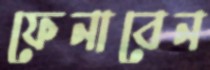
ফেনাবেন